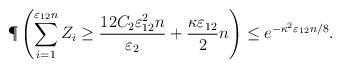
LaTeX: \begin{align*}\P\left(\sum_{i=1}^{\varepsilon_{12}n}Z_i \geq \frac{12C_2\varepsilon_{12}^2n}{\varepsilon_2}+ \frac{\kappa\varepsilon_{12}}{2}n\right) \leq e^{-\kappa^2\varepsilon_{12}n/8}.\end{align*}